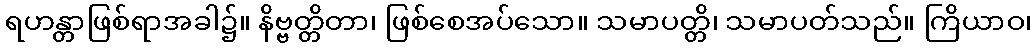
ရဟန္တာဖြစ်ရာအခါ၌။ နိဗ္ဗတ္တိတာ၊ ဖြစ်စေအပ်သော။ သမာပတ္တိ၊ သမာပတ်သည်။ ကြိယာဝ၊